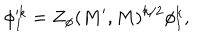
\phi _ { 1 } ^ { k } = Z _ { \phi } ( M ^ { \prime } , M ) ^ { k / 2 } \phi _ { 1 } ^ { k } ,